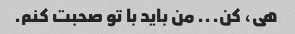
هی، کن... من باید با تو صحبت کنم.